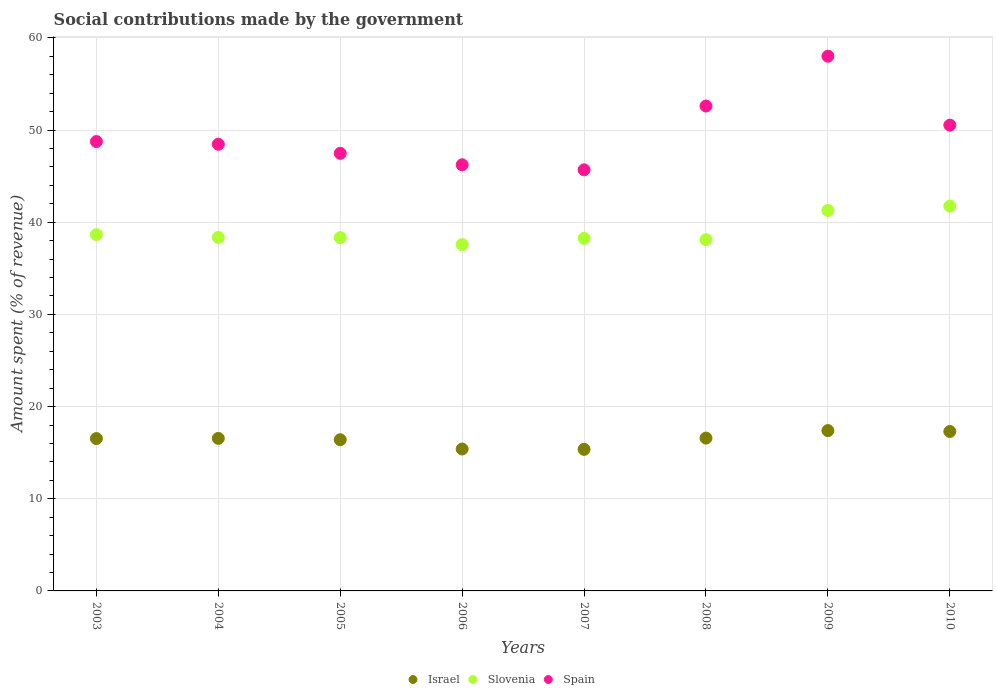
| Years | Israel | Slovenia | Spain |
 | --- | --- | --- | --- |
 | 2003 | 16.5 | 38.7 | 48.8 |
 | 2004 | 16.6 | 38.4 | 48.5 |
 | 2005 | 16.4 | 38.3 | 47.5 |
 | 2006 | 15.4 | 37.6 | 46.2 |
 | 2007 | 15.4 | 38.3 | 45.7 |
 | 2008 | 16.6 | 38.1 | 52.6 |
 | 2009 | 17.4 | 41.3 | 58 |
 | 2010 | 17.3 | 41.8 | 50.5 |